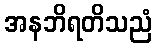
အနဘိရတိသညံ